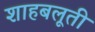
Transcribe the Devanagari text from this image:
शाहबलूती